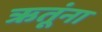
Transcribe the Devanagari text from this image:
ऋतूंना